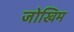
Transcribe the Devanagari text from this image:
जोखिम